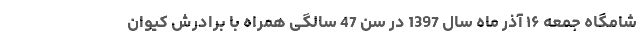
شامگاه جمعه ۱۶ آذر ماه سال 1397 در سن 47 سالگی همراه با برادرش كيوان